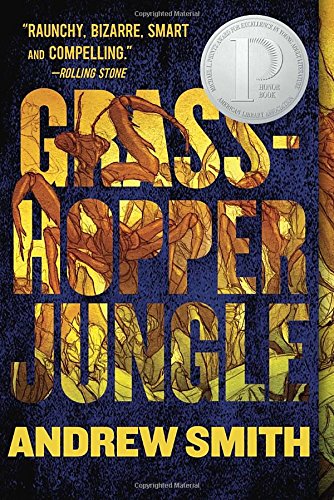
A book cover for Grasshopper Jungle; Andrew Smith; Teen & Young Adult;